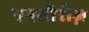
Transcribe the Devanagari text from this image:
एनसीरीज़